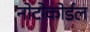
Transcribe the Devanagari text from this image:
नोटोकोर्डल